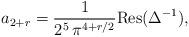
LaTeX: \begin{align*} a_{2+r} = \frac{1}{2^5\, \pi^{4+r/2}} \textnormal{Res}(\Delta^{-1}),\end{align*}